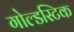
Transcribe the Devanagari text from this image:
गोल्डस्टिक